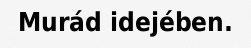
Murád idejében.